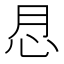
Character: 𢗯